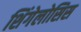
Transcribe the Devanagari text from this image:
शिंगेलोसिस